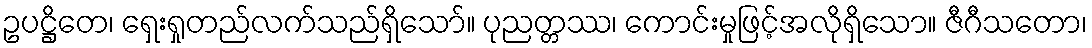
ဥပဋ္ဌိတေ၊ ရှေးရှုတည်လက်သည်ရှိသော်။ ပုညတ္တဿ၊ ကောင်းမှုဖြင့်အလိုရှိသော။ ဇီဂီသတော၊